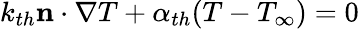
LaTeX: k_{th}\mathbf{n}\cdot\nabla T+\alpha_{th}(T-T_{\infty})=0